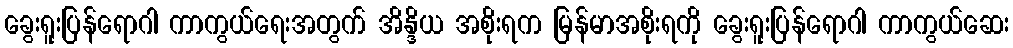
ခွေးရူးပြန်ရောဂါ ကာကွယ်ရေးအတွက် အိန္ဒိယ အစိုးရက မြန်မာအစိုးရကို ခွေးရူးပြန်ရောဂါ ကာကွယ်ဆေး